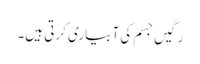
رَگیں جسم کی آبیاری کرتی ہیں۔